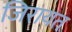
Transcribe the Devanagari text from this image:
जिरायत